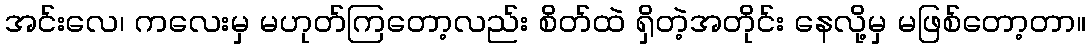
အင်းလေ၊ ကလေးမှ မဟုတ်ကြတော့လည်း စိတ်ထဲ ရှိတဲ့အတိုင်း နေလို့မှ မဖြစ်တော့တာ။